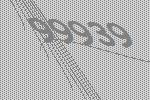
99939